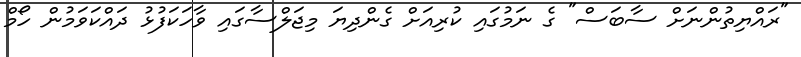
"ރައްޔިތުންނަށް ސާބަސް" ގެ ނަމުގައި ކުރިއަށް ގެންދިޔަ މިޖަލްސާގައި ވާހަކަފުޅު ދައްކަވަމުން ހޯމް